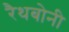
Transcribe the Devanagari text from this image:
रैथबोनी